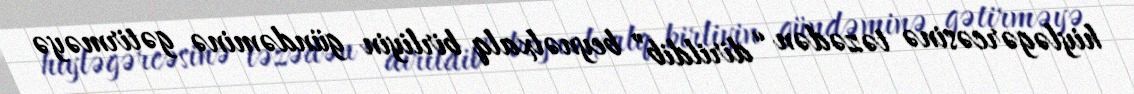
hiyləgərcəsinə təzədən “dirildib” beynəlxalq birliyin gündəminə gətirməyə